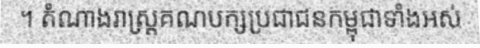
។ តំណាងរាស្ត្រគណបក្សប្រជាជនកម្ពុជាទាំងអស់